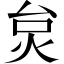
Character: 炱